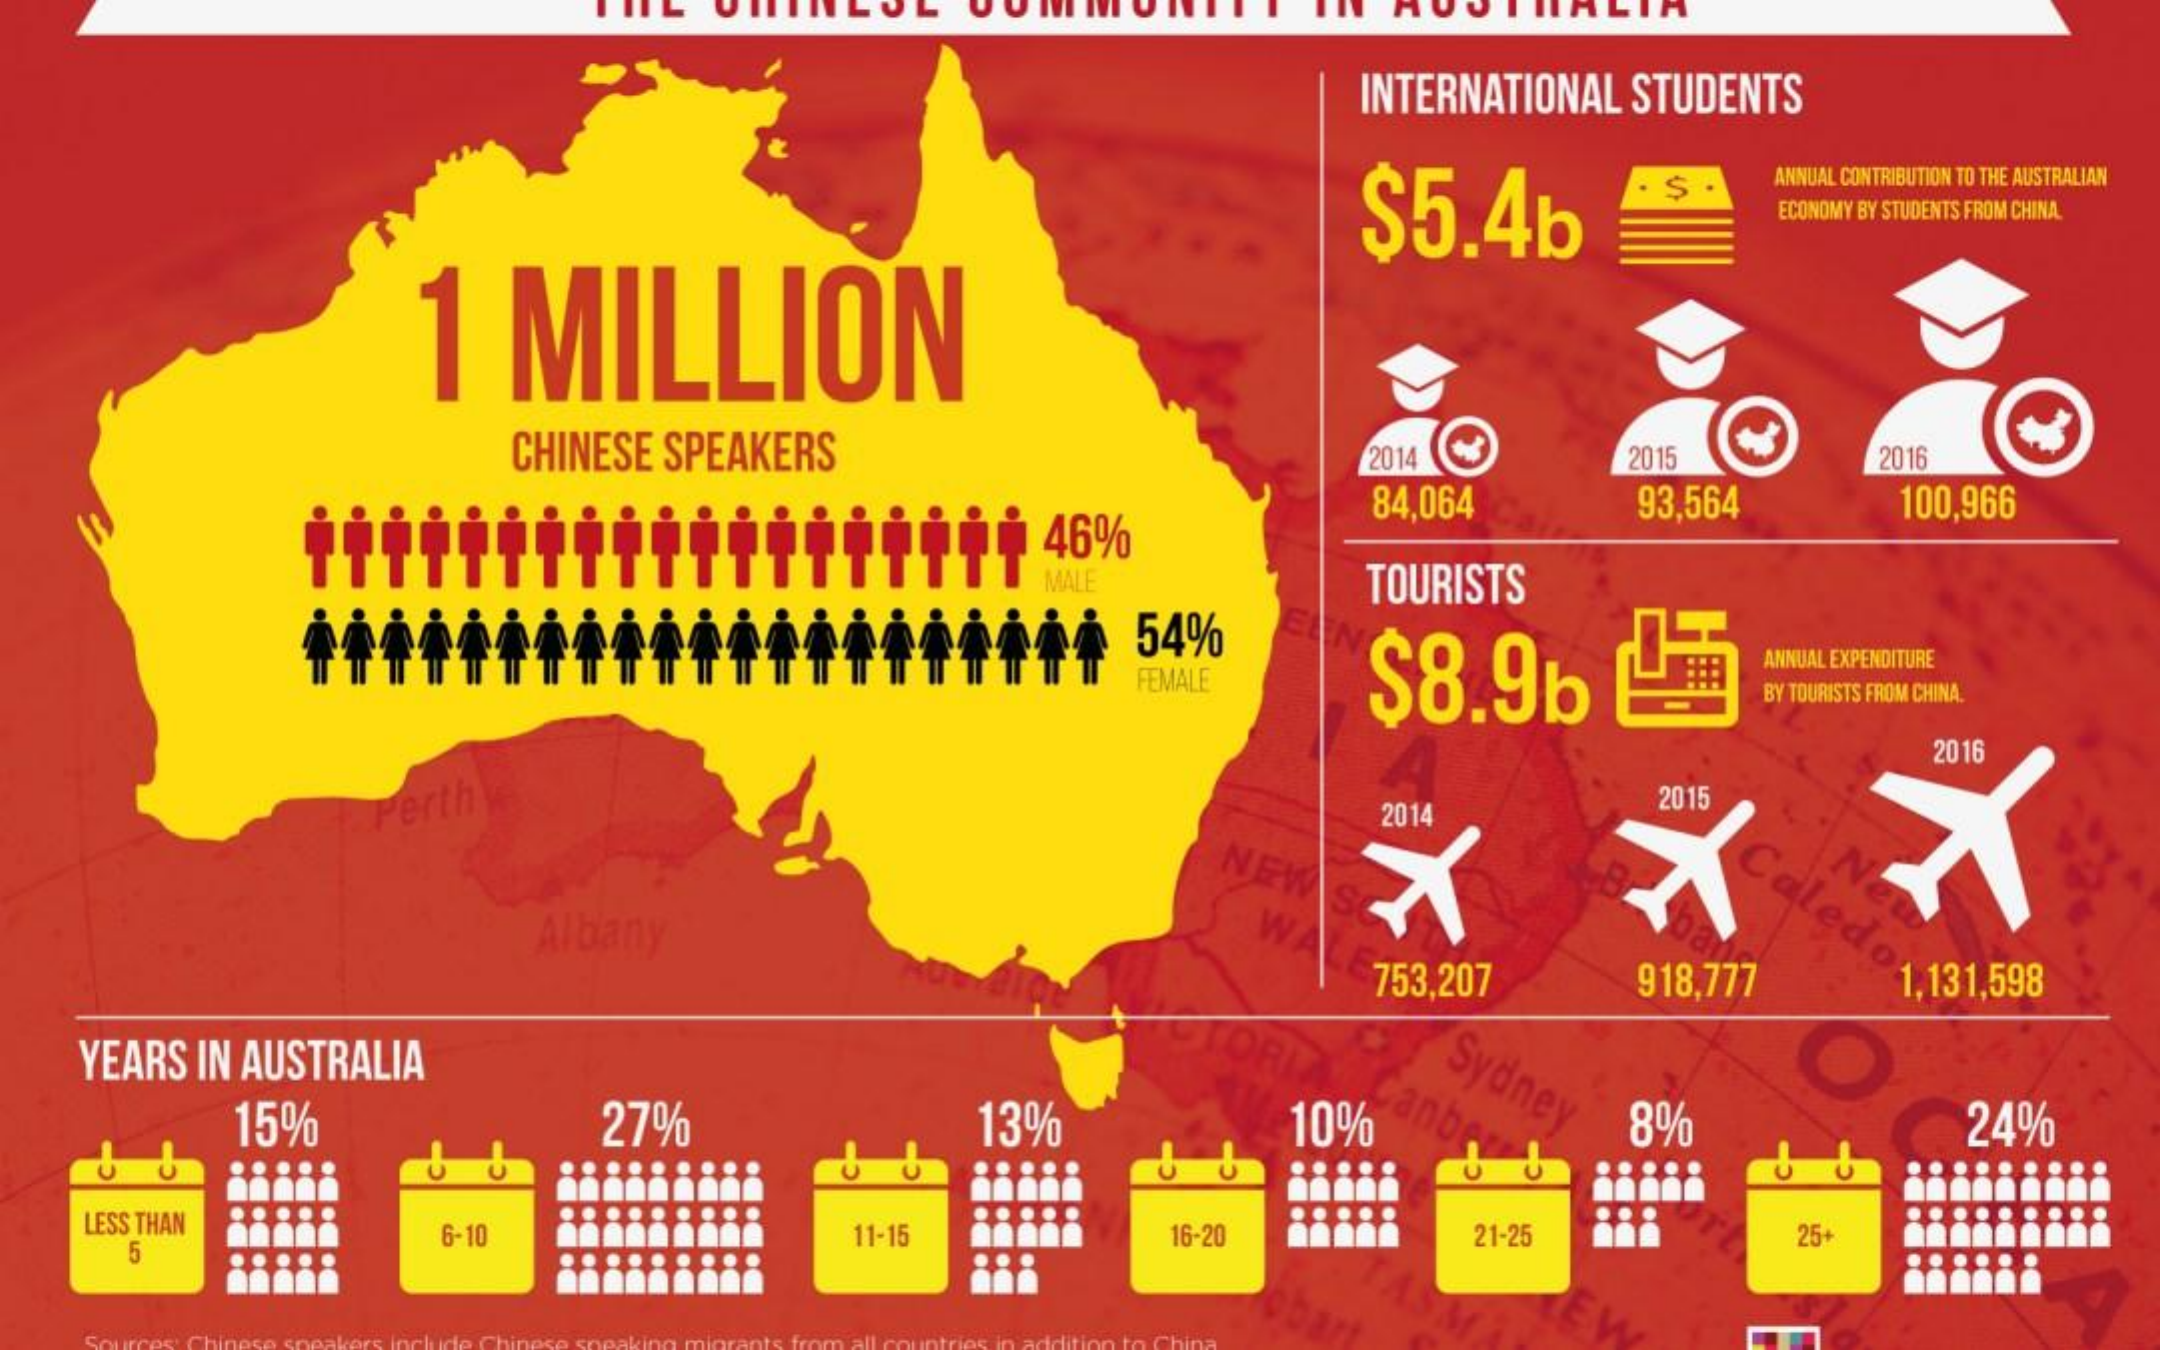
INTERNATIONAL    STUDENTS
     $    ANNUAL CONTRIBUTION TO THE AUSTRALIAN
     ECONOMY BY STUDENTS FROM CHINA.
     1    MILLION
     $5.4b
     CHINESE    SPEAKERS    2014    2015    2016
     iťť¡¢    46%
     84,064    93,564    100,966
     MALE
     ₦ ₦  +    54%
     TOURISTS
     $8.9b    麵 FEMALE
     ANNUAL EXPENDITURE
     BY TOURISTS FROM CHINA.
     2016
     Perth    2014
     2015
     NEW
     Caledo  New
     W
     753,207    918,777    1.131,598
     YEARS    IN AUSTRALIA    Sydney
     15%    27%    13%    10%    inb    8%    24%
     LESS THAN
     5
     6-10    11-15    16-20    21-25    25+